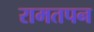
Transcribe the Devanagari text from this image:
रामतपन